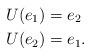
LaTeX: \begin{align*}U(e_1) & = e_2 \\U(e_2) & = e_1.\end{align*}